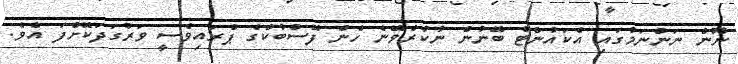
ނޫން ނަންނަމުގައި އެކައުންޓް ބޭނުން ނުކުރެވޭނެ ހެން ފޭސްބުކްގެ ޕްރައިވެސީ ވަރުގަދަކޮށްފަ އެވެ.